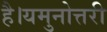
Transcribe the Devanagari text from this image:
है।यमुनोत्तरी